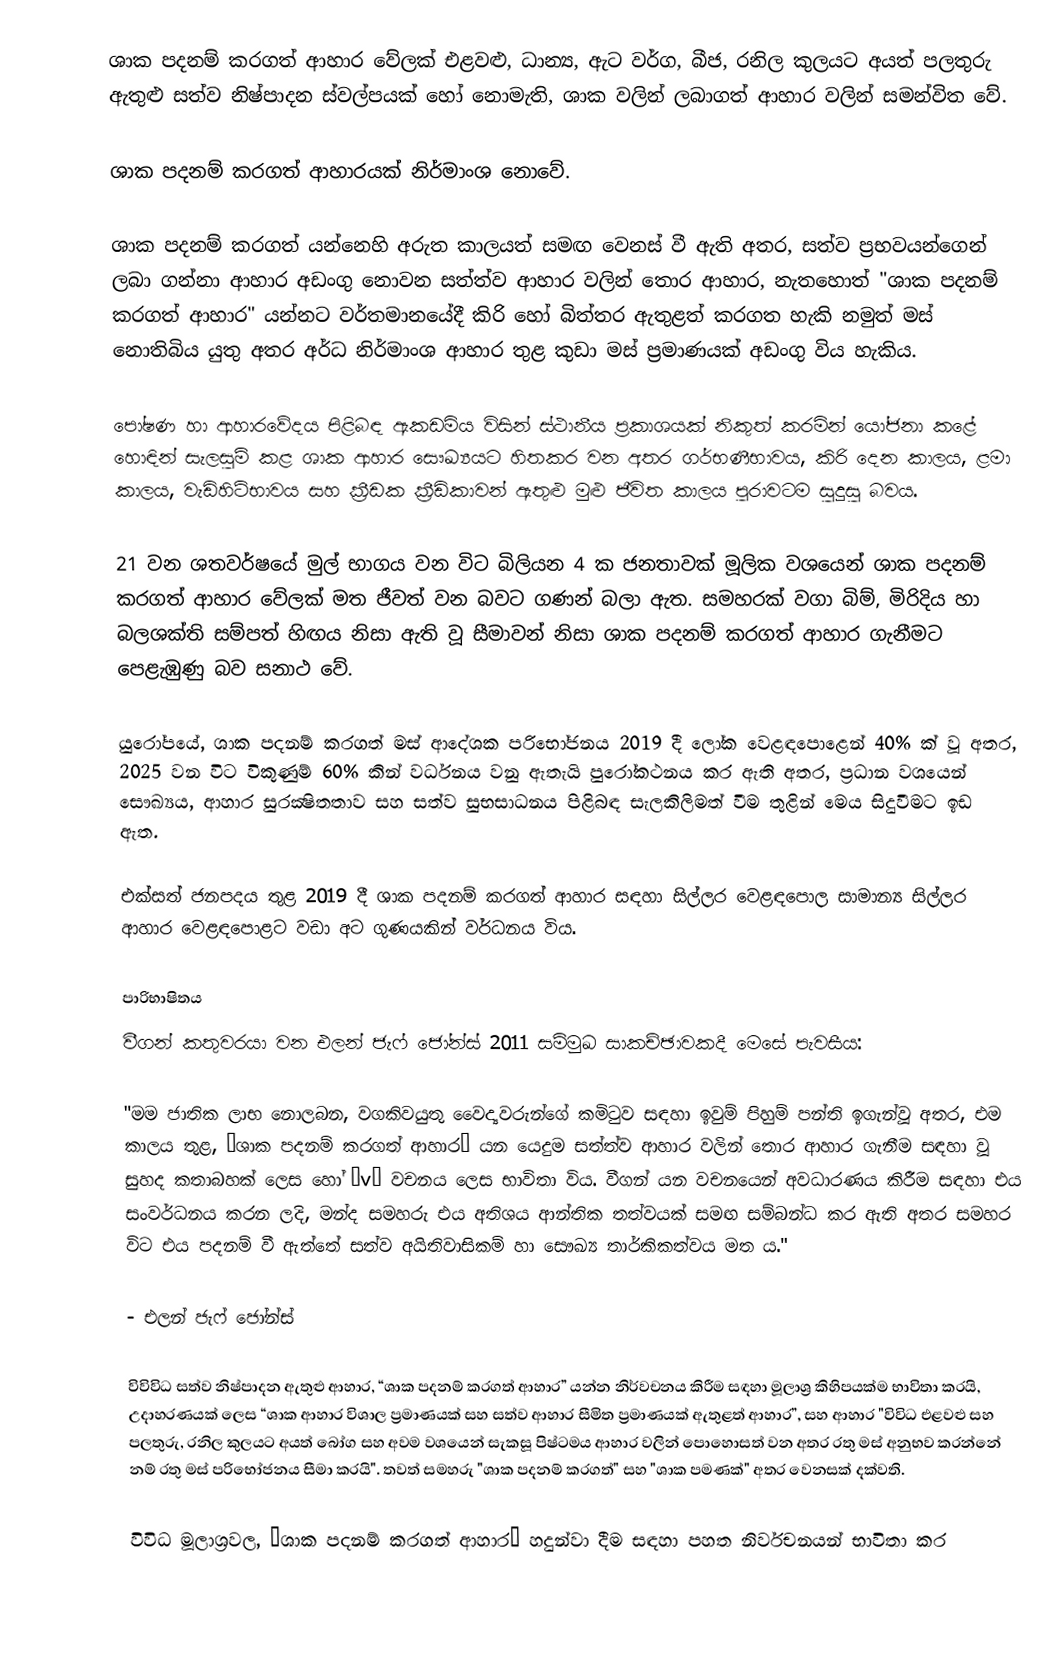
ශාක පදනම් කරගත් ආහාර වේලක් එළවළු, ධාන්‍ය, ඇට වර්ග, බීජ, රනිල කුලයට අයත් පලතුරු ඇතුළු සත්ව නිෂ්පාදන ස්වල්පයක් හෝ නොමැති, ශාක වලින් ලබාගත් ආහාර වලින් සමන්විත වේ.

ශාක පදනම් කරගත් ආහාරයක් නිර්මාංශ නොවේ.

ශාක පදනම් කරගත් යන්නෙහි අරුත කාලයත් සමඟ වෙනස් වී ඇති අතර, සත්ව ප්‍රභවයන්ගෙන් ලබා ගන්නා ආහාර අඩංගු නොවන සත්ත්ව ආහාර වලින් තොර ආහාර, නැතහොත් "ශාක පදනම් කරගත් ආහාර" යන්නට වර්තමානයේදී කිරි  හෝ බිත්තර ඇතුළත් කරගත හැකි නමුත් මස් නොතිබිය යුතු අතර අර්ධ නිර්මාංශ ආහාර තුළ කුඩා මස් ප්‍රමාණයක් අඩංගු විය හැකිය.

පෝෂණ හා ආහාරවේදය පිළිබඳ ඇකඩමිය විසින් ස්ථානීය ප්‍රකාශයක් නිකුත් කරමින් යෝජනා කළේ හොඳින් සැලසුම් කළ ශාක ආහාර සෞඛ්‍යයට හිතකර වන අතර ගර්භණීභාවය, කිරි දෙන කාලය, ළමා කාලය, වැඩිහිටිභාවය සහ ක්‍රීඩක ක්‍රීඩිකාවන් ඇතුළු මුළු ජීවිත කාලය පුරාවටම සුදුසු බවය.

21 වන ශතවර්ෂයේ මුල් භාගය වන විට බිලියන 4 ක ජනතාවක් මූලික වශයෙන් ශාක පදනම් කරගත් ආහාර වේලක් මත ජීවත් වන බවට ගණන් බලා ඇත. සමහරක් වගා බිම්, මිරිදිය හා බලශක්ති සම්පත් හිඟය නිසා ඇති වූ සීමාවන් නිසා ශාක පදනම් කරගත් ආහාර ගැනීමට පෙළැඹුණු බව සනාථ වේ.

යුරෝපයේ, ශාක පදනම් කරගත් මස් ආදේශක පරිභෝජනය 2019 දී ලෝක වෙළඳපොළෙන් 40% ක් වූ අතර, 2025 වන විට විකුණුම් 60% කින් වර්ධනය වනු ඇතැයි පුරෝකථනය කර ඇති අතර, ප්‍රධාන වශයෙන් සෞඛ්‍යය, ආහාර සුරක්‍ෂිතතාව සහ සත්ව සුභසාධනය පිළිබඳ සැලකිලිමත් වීම තුළින් මෙය සිදුවීමට ඉඩ ඇත.

එක්සත් ජනපදය තුළ 2019 දී ශාක පදනම් කරගත් ආහාර සඳහා සිල්ලර වෙළඳපොල සාමාන්‍ය සිල්ලර ආහාර වෙළඳපොළට වඩා අට ගුණයකින් වර්ධනය විය.

පාරිභාෂිතය
වීගන් කතුවරයා වන එලන් ජැෆ් ජෝන්ස් 2011 සම්මුඛ සාකච්ඡාවකදී මෙසේ පැවසීය:

"මම ජාතික ලාභ නොලබන, වගකිවයුතු වෛද්‍යවරුන්ගේ කමිටුව සඳහා ඉවුම් පිහුම් පන්ති ඉගැන්වූ අතර, එම කාලය තුළ, “ශාක පදනම් කරගත් ආහාර” යන යෙදුම සත්ත්ව ආහාර වලින් තොර ආහාර ගැනීම සඳහා වූ සුහද කතාබහක් ලෙස හෝ “v” වචනය ලෙස භාවිතා විය. වීගන් යන වචනයෙන් අවධාරණය කිරීම සඳහා එය සංවර්ධනය කරන ලදි, මන්ද සමහරු එය අතිශය ආන්තික තත්වයක් සමඟ සම්බන්ධ කර ඇති අතර සමහර විට එය පදනම් වී ඇත්තේ සත්ව අයිතිවාසිකම් හා සෞඛ්‍ය තාර්කිකත්වය මත ය."

- එලන් ජැෆ් ජෝන්ස්

විවිවිධ සත්ව නිෂ්පාදන ඇතුළු ආහාර, “ශාක පදනම් කරගත් ආහාර” යන්න නිර්වචනය කිරීම සඳහා මූලාශ්‍ර කිහිපයක්ම භාවිතා කරයි, උදාහරණයක් ලෙස “ශාක ආහාර විශාල ප්‍රමාණයක් සහ සත්ව ආහාර සීමිත ප්‍රමාණයක් ඇතුළත් ආහාර”, සහ ආහාර "විවිධ එළවළු සහ පලතුරු, රනිල කුලයට අයත් බෝග සහ අවම වශයෙන් සැකසූ පිෂ්ටමය ආහාර වලින් පොහොසත් වන අතර රතු මස් අනුභව කරන්නේ නම් රතු මස් පරිභෝජනය සීමා කරයි". තවත් සමහරු "ශාක පදනම් කරගත්" සහ "ශාක පමණක්" අතර වෙනසක් දක්වති.

විවිධ මූලාශ්‍රවල, “ශාක පදනම් කරගත් ආහාර” හදුන්වා දීම සඳහා පහත නිර්වචනයන් භාවිතා කර